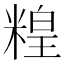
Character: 䊗